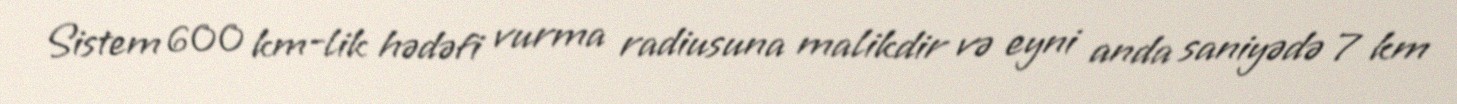
Sistem 600 km-lik hədəfi vurma radiusuna malikdir və eyni anda saniyədə 7 km